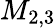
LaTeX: M_{2,3}